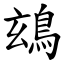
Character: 䲻